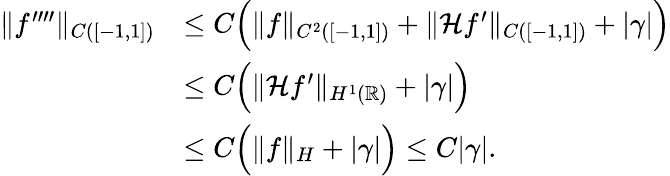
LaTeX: \begin{array}{rl}{\| f^{\prime\prime\prime\prime}\| _{C([-1,1])}}&{\leq C\Bigl(\| f\| _{C^{2}([-1,1])}+\| \mathcal Hf^{\prime}\| _{C([-1,1])}+|\gamma|\Bigr)}\\ &{\leq C\Bigl(\| \mathcal Hf^{\prime}\| _{H^{1}(\mathbb R)}+|\gamma|\Bigr)}\\ &{\leq C\Bigl(\| f\| _{H}+|\gamma|\Bigr)\leq C|\gamma|.}\end{array}